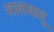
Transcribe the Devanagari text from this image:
सालसालू